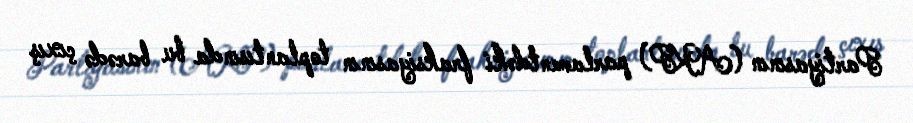
Partiyasının (AKP) parlamentdəki fraksiyasının toplantısında bu barədə çıxış